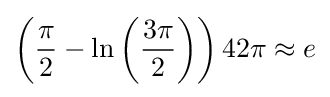
\left({\frac {\pi }{2}}-\ln \left({\frac {3\pi }{2}}\right)\right)42\pi \approx e